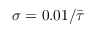
\sigma = 0 . 0 1 / \bar { \tau }